Document type: Sale
Year: 1274
Scribe: [Unknown]
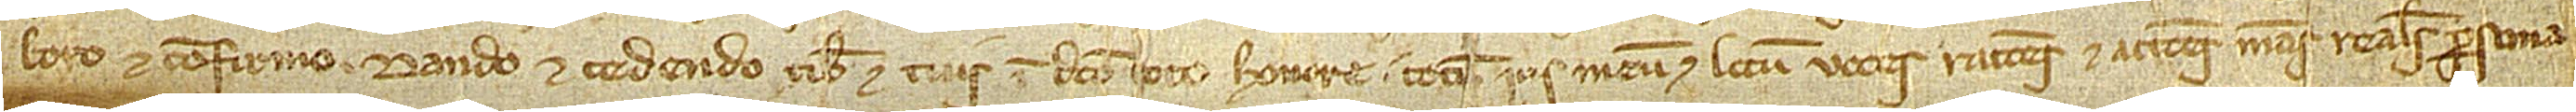
boro et confirmo, dando et cedendo tibi et tuis in dicto toto honore totum ius meum et locum, voces, rationes et actiones meas reales, persona-